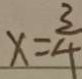
x = \frac { 3 } { 4 }